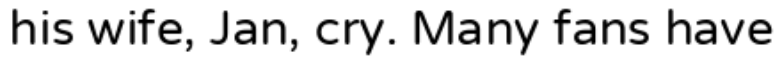
his wife, Jan, cry. Many fans have